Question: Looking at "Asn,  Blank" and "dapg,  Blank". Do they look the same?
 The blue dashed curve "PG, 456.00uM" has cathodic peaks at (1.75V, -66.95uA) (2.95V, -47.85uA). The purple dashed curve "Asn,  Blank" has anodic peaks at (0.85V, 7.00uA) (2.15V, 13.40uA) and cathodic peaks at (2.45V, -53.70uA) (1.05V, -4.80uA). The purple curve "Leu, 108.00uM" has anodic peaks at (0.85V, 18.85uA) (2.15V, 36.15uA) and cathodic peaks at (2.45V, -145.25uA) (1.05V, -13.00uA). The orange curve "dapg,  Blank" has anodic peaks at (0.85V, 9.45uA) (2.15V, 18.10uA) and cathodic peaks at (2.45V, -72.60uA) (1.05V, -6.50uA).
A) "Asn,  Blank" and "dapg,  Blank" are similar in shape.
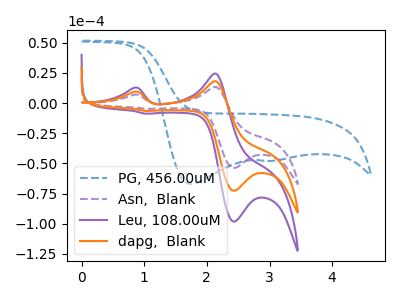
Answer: <think>All the peaks in "Asn,  Blank" have a peak in "dapg,  Blank" at the same potential. Every peak in "Asn,  Blank" is lower than every peak in "dapg,  Blank".
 </think>
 <answer>A) "Asn,  Blank" and "dapg,  Blank" are similar in shape.</answer>
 <eval>A</eval>